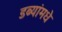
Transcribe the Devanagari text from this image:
डब्यांमधे